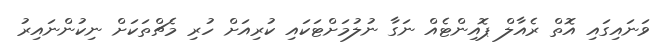
ވަނައިގައި އޮތް ރެއާލް ޕޮއިންޓެއް ނަގާ ނުލުމަށްޓަކައި ކުރިއަށް ހުރި މެޗްތަކަށް ނިކުންނައިރު